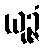
ယုဉ္ဇံ